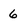
Character: 6